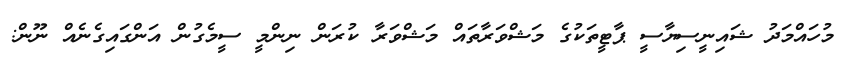
މުހައްމަދު ޝައިނީސިޔާސީ ޕާޓީތަކުގެ މަޝްވަރާތައް މަޝްވަރާ ކުރަން ނިންމީ ސީމެގުން އަންގައިގެނެއް ނޫން: